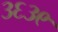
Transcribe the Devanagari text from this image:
३६३९